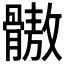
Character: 𩪕